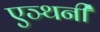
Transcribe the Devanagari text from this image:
एञ्थनी